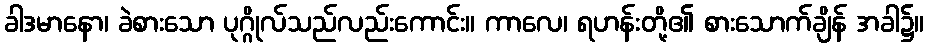
ခါဒမာနော၊ ခဲစားသော ပုဂ္ဂိုလ်သည်လည်းကောင်း။ ကာလေ၊ ရဟန်းတို့၏ စားသောက်ချိန် အခါ၌။